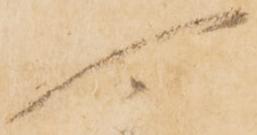
可